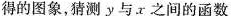
得的图象，猜测y与。x之间的函数